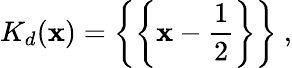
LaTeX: K_{d}(\mathbf{x})=\biggl\{ \biggl\{ \mathbf{x}-{\frac{{1}}{{2}}}\biggr\} \biggr\} \ ,